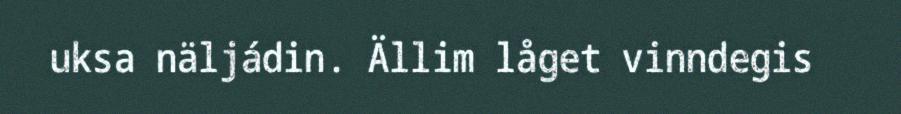
uksa näljádin. Ällim låget vinndegis